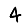
Digit: 4